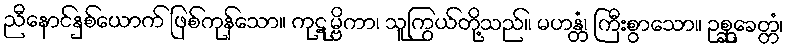
ညီနောင်နှစ်ယောက် ဖြစ်ကုန်သော။ ကုဋုမ္ဗိကာ၊ သူကြွယ်တို့သည်။ မဟန္တံ၊ ကြီးစွာသော။ ဥစ္ဆုခေတ္တံ၊